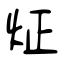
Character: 炡